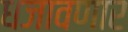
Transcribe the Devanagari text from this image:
धजावणार